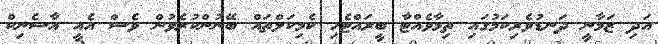
އަދި ޒަމާނީ ދަނޑުވެރިކަމުގައި ތިމާވެއްޓާ ބީރައްޓެހި ކެމިކަލްތައް ބޭނުންކުރެވުން ވެސް އެއީ އާސެނިކް